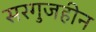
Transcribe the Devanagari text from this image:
सरगुजहीन